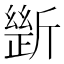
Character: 𣂾